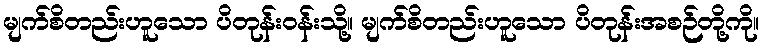
မျက်စိတည်းဟူသော ပိတုန်းဝန်းသို့။ မျက်စိတည်းဟူသော ပိတုန်းအစဉ်တို့ကို။